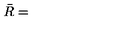
\bar { R } =